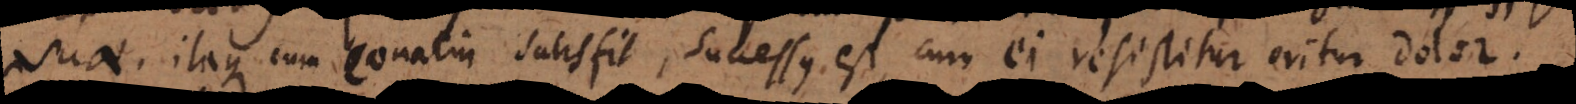
aque cum conatui satisfit, successus est, cum ei resistitur oritur dolor.